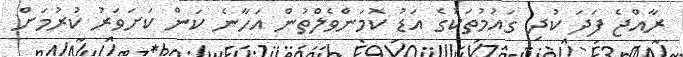
ރާއްޖެ ފަދަ ކުދި ގައުމުތަކުގެ އަޑު ކޮމަންވެލްތުން އަހާނެ ކަން ކަށަވަރު ކުރުމަށް